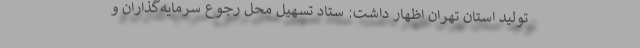
تولید استان تهران اظهار داشت: ستاد تسهیل محل رجوع سرمایه‌گذاران و